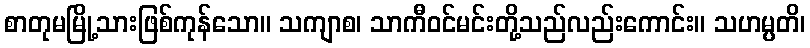
စာတုမမြို့သားဖြစ်ကုန်သော။ သကျာစ၊ သာကီဝင်မင်းတို့သည်လည်းကောင်း။ သဟမ္ပတိ၊